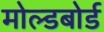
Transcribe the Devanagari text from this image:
मोल्डबोर्ड